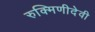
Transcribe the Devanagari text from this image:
रुक्मिणीदेवी